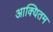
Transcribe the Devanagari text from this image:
आक्यितम